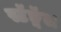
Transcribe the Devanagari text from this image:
स्टॅङ्गॅल